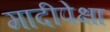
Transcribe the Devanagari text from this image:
मादीपेक्षा